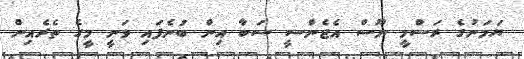
ޔަމަނުގެ ރަސްމީ ނޫސް އެޖެންސީ ސަބާ އިން ބުނެފައި ވަނީ މީގެ ތެރެއިން